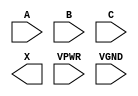
module sky130_fd_sc_hs__or3 (
    //# {{data|Data Signals}}
    input  A   ,
    input  B   ,
    input  C   ,
    output X   ,

    //# {{power|Power}}
    input  VPWR,
    input  VGND
);
endmodule